Problem: 8 × 5 = ?
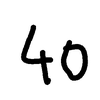
Handwritten answer: 40